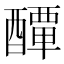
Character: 𨣌